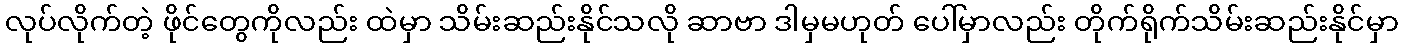
လုပ်လိုက်တဲ့ ဖိုင်တွေကိုလည်း ထဲမှာ သိမ်းဆည်းနိုင်သလို ဆာဗာ ဒါမှမဟုတ် ပေါ်မှာလည်း တိုက်ရိုက်သိမ်းဆည်းနိုင်မှာ